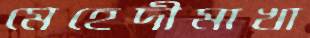
মেহেদীমাখা